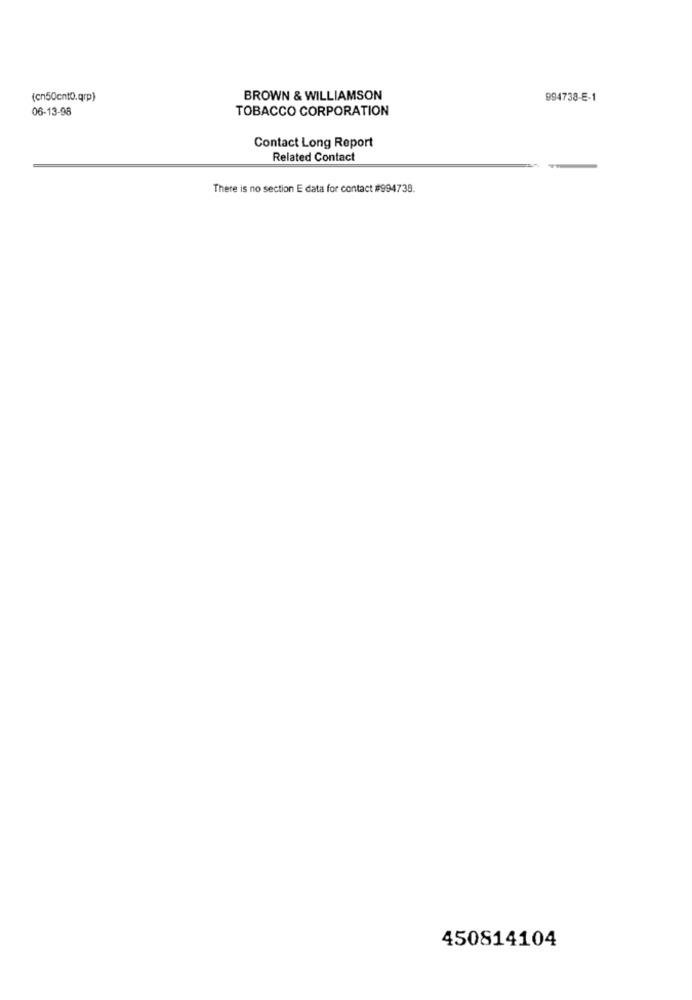
(cn50cnto.qrp)
BROWN & WILLIAMSON
994738-E-1
06-13-98
TOBACCO CORPORATION
Contact Long Report
Related Contact
There is no section E data for contact #994738.
450814104